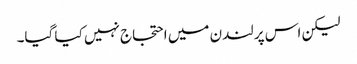
لیکن اس پر لندن میں احتجاج نہیں کیا گیا۔